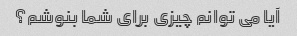
آیا می توانم چیزی برای شما بنوشم؟